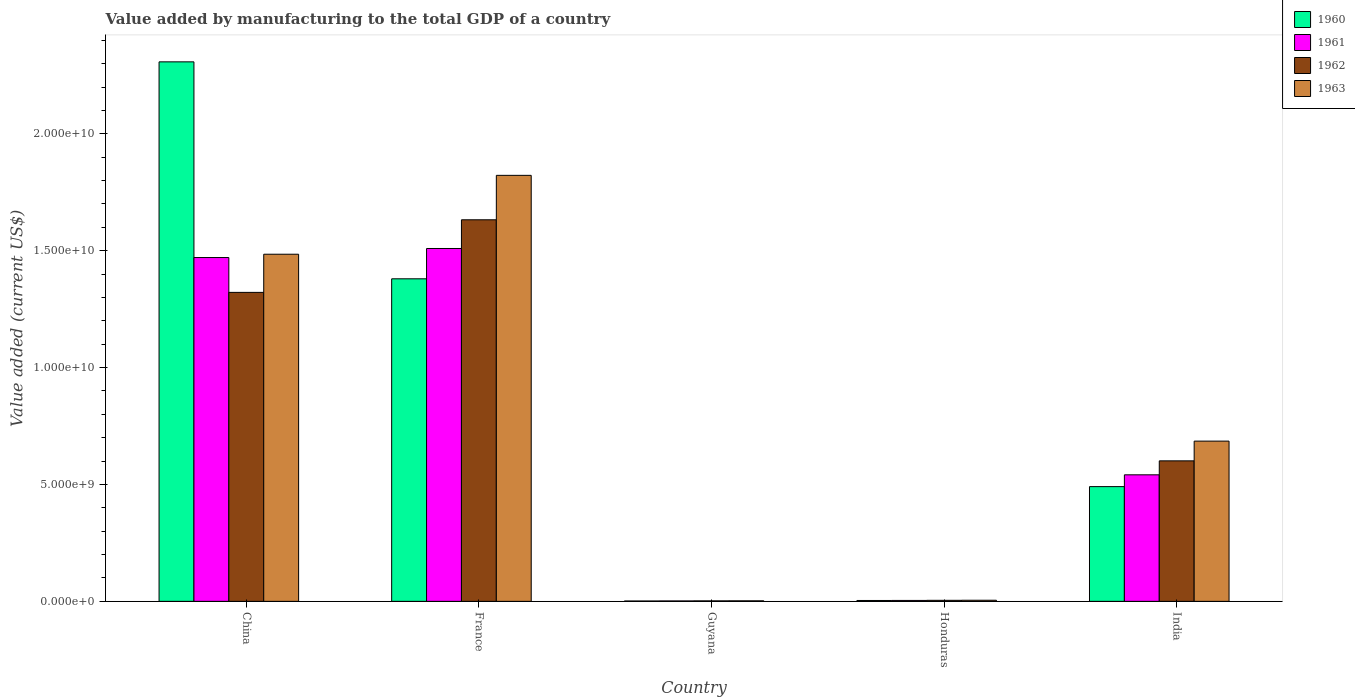
| Country | 1960 | 1961 | 1962 | 1963 |
 | --- | --- | --- | --- | --- |
 | China | 2.31e+10 | 1.47e+10 | 1.32e+10 | 1.49e+10 |
 | France | 1.38e+10 | 1.51e+10 | 1.63e+10 | 1.82e+10 |
 | Guyana | 1.59e+07 | 1.84e+07 | 2.08e+07 | 2.32e+07 |
 | Honduras | 3.80e+07 | 4.00e+07 | 4.41e+07 | 4.76e+07 |
 | India | 4.91e+09 | 5.41e+09 | 6.01e+09 | 6.85e+09 |